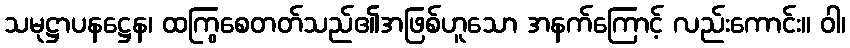
သမုဋ္ဌာပနဋ္ဌေန၊ ထကြွစေတတ်သည်၏အဖြစ်ဟူသော အနက်ကြောင့် လည်းကောင်း။ ဝါ၊